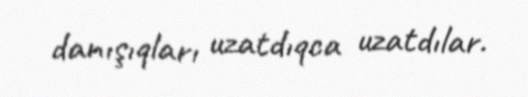
danışıqları uzatdıqca uzatdılar.